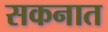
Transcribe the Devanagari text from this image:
सकनात